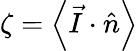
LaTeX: \zeta=\left\langle\vec{I}\cdot\hat{n}\right\rangle